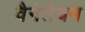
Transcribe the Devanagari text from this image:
वैनेतेयम